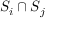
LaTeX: S _ { i } \cap S _ { j }